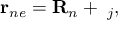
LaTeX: { \bf r } _ { n e } = { \bf R } _ { n } + { \bf \rho } _ { j } ,